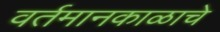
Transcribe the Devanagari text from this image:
वर्तमानकाळाचे